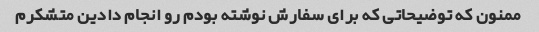
ممنون که توضیحاتی که برای سفارش نوشته بودم رو انجام دادین متشکرم